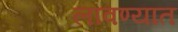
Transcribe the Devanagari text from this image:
लावण्‍यात